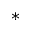
^ *